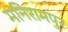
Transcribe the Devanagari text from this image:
मनिरामपुर